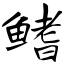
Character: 鳍